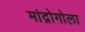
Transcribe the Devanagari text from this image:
मांद्रोगोला